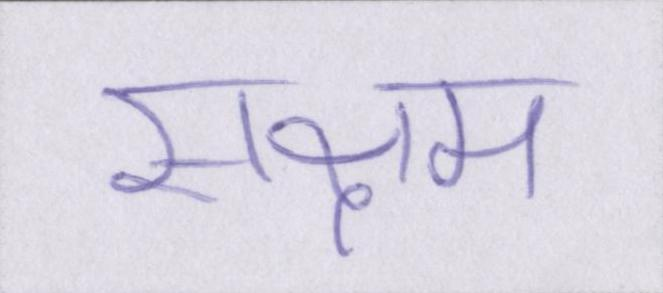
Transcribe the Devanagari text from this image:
सक्षम